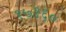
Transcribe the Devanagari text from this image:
१७१६०